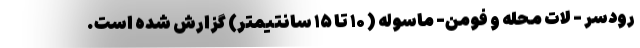
رودسر - لات محله و فومن- ماسوله ( ۱۰ تا ۱۵ سانتیمتر) گزارش شده است.